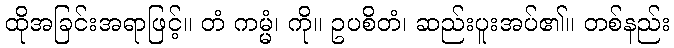
ထိုအခြင်းအရာဖြင့်။ တံ ကမ္မံ၊ ကို။ ဥပစိတံ၊ ဆည်းပူးအပ်၏။ တစ်နည်း